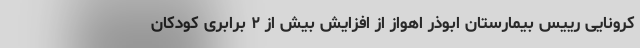
کرونایی رییس بیمارستان ابوذر اهواز از افزایش بیش از ۲ برابری کودکان